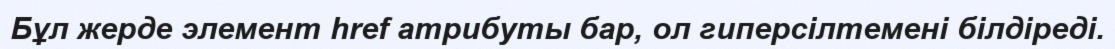
Бұл жерде элемент href атрибуты бар, ол гиперсілтемені білдіреді.